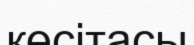
көсітасы